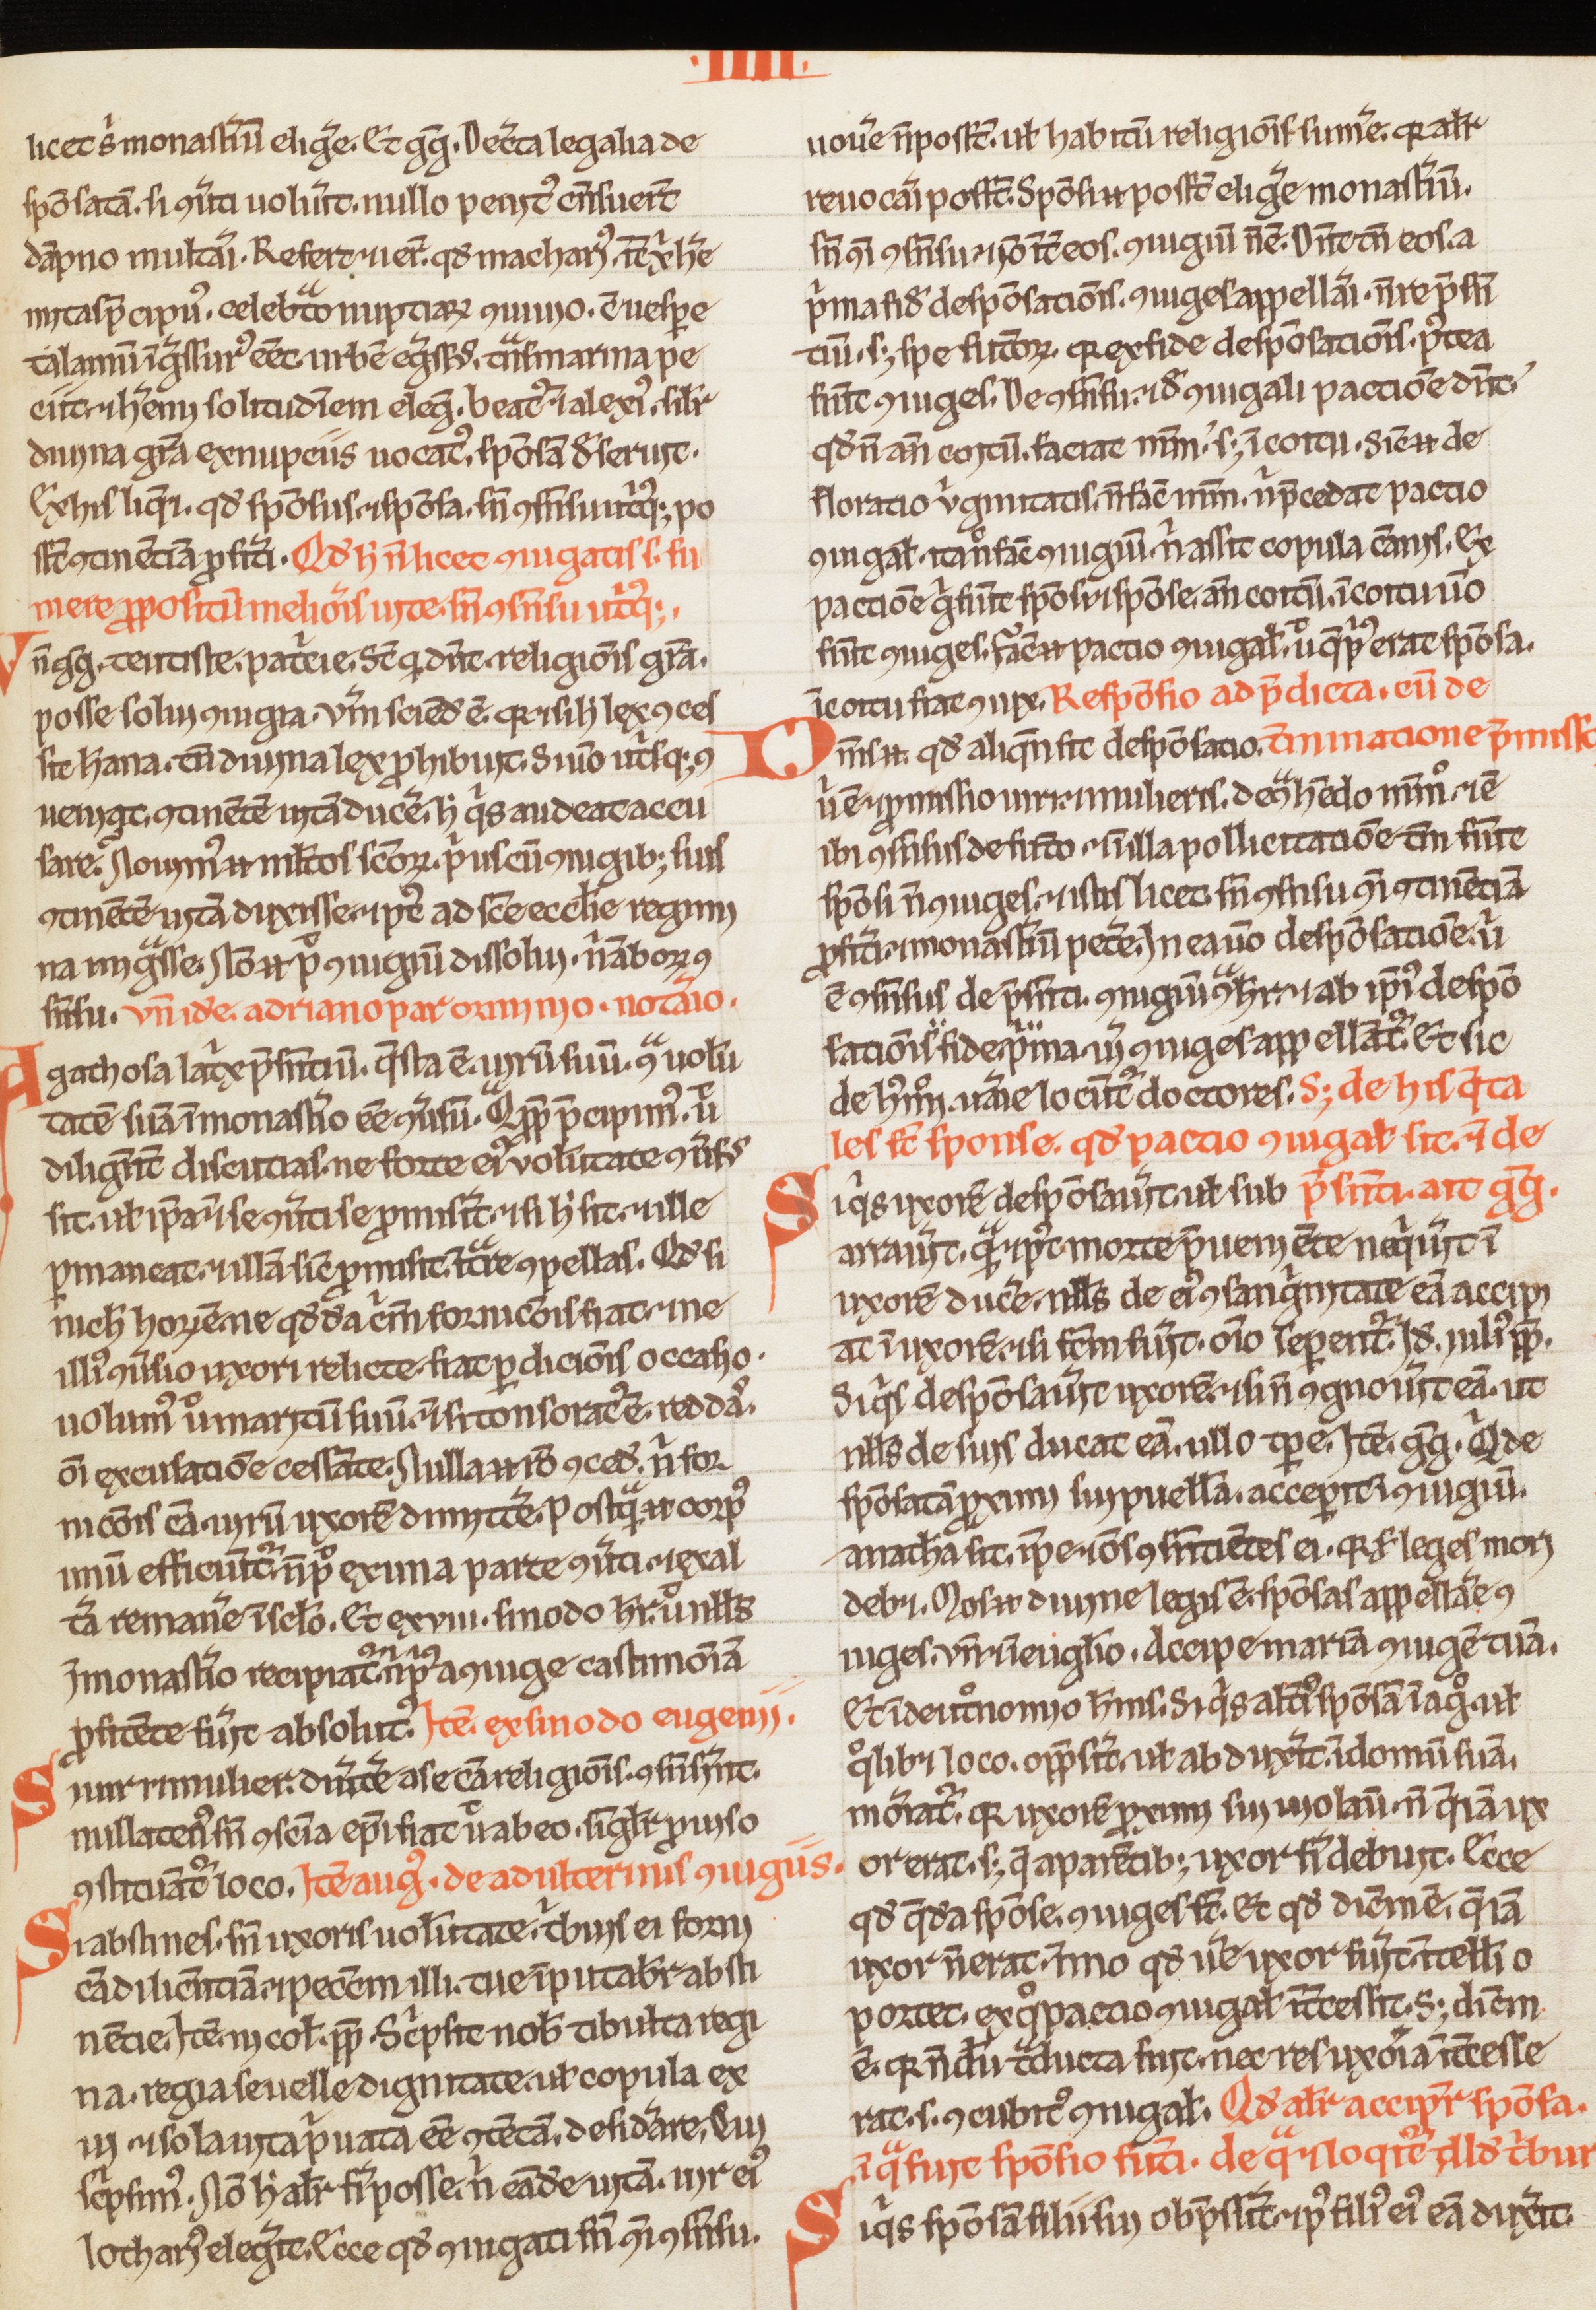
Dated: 1200–1230